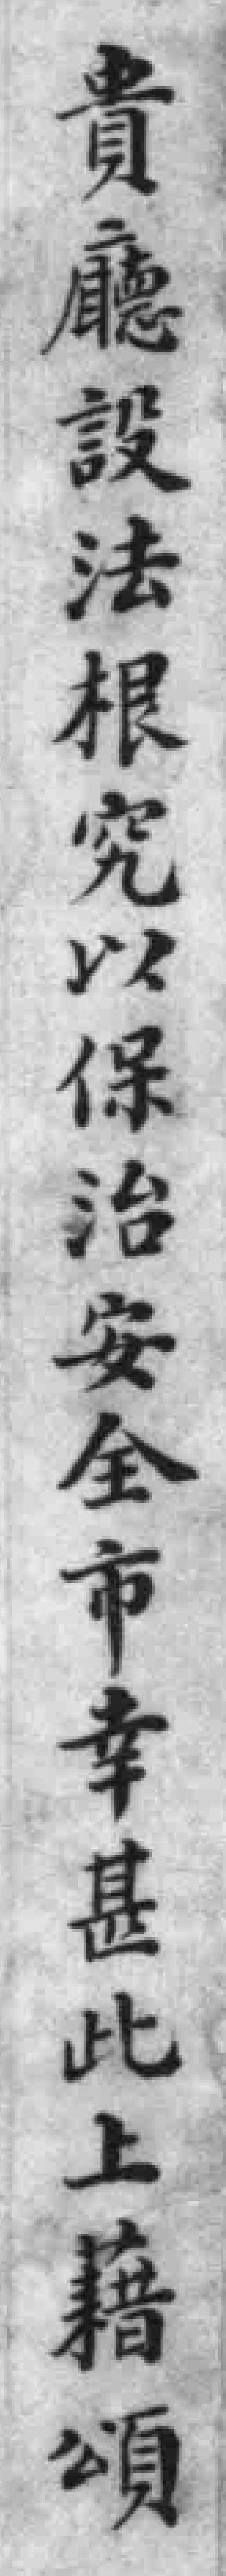
貴廳設法根究以保治安全市幸甚此上籍頌